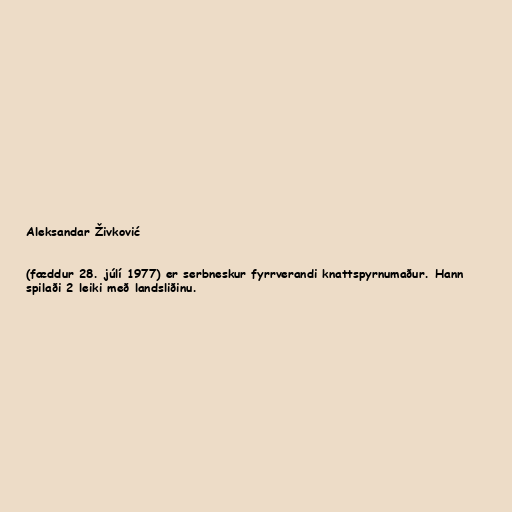
Aleksandar Živković

(fæddur 28. júlí 1977) er serbneskur fyrrverandi knattspyrnumaður. Hann
spilaði 2 leiki með landsliðinu.